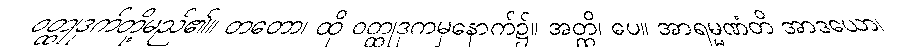
ဝတ္ထုဒုက်တို့မည်၏။ တတော၊ ထို ဝတ္ထုဒုကမှနောက်၌။ အတ္ထိ၊ ပေ။ အာရမ္မဏံတိ အာဒယော၊